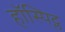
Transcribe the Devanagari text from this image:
हॉस्पिट्ल